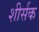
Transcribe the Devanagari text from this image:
शीर्सक